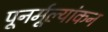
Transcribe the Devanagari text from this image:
पूनर्मूल्यांकन